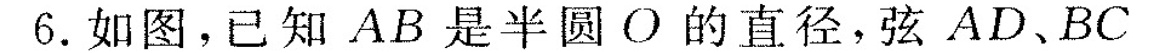
6.如图，已 知 AB 是半圆 O 的直径,弦 AD、BC